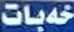
خەبات